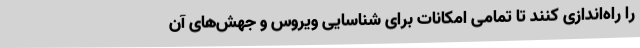
را راه‌اندازی کنند تا تمامی امکانات برای شناسایی ویروس و جهش‌های آن